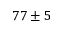
7 7 \pm 5